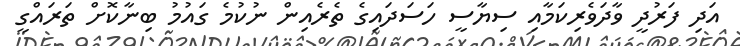
އަދި ފަރުދީ ވާދަވެރިކަމާއި ސިޔާސީ ހަސަދައިގެ ތެރެއިން ނުކުމެ ގައުމު ބިނާކޮށް ތަރައްގީ